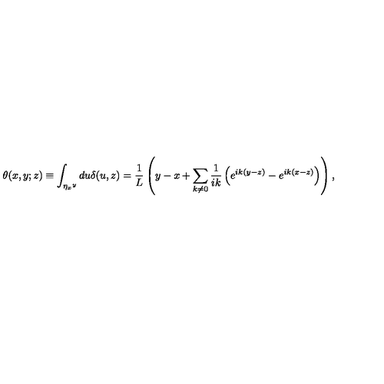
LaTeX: \theta ( x , y ; z ) \equiv \int _ { \eta _ { x } { } ^ { y } } d u \delta ( u , z ) = \frac { 1 } { L } \left( y - x + \sum _ { k \ne 0 } \frac { 1 } { i k } \left( e ^ { i k ( y - z ) } - e ^ { i k ( x - z ) } \right) \right) ,